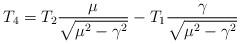
LaTeX: \begin{align*}T_4 =T_2 \frac{\mu}{\sqrt{\mu^2 -\gamma^2}}-T_1 \frac{\gamma}{\sqrt{\mu^2 -\gamma^2}}\end{align*}